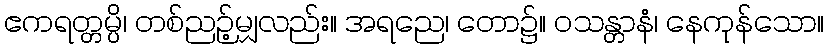
ဧကရတ္တမ္ပိ၊ တစ်ညဉ့်မျှလည်း။ အရညေ၊ တော၌။ ဝသန္တာနံ၊ နေကုန်သော။